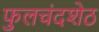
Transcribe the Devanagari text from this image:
फुलचंदशेठ